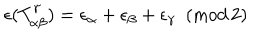
\epsilon ( T _ { \alpha \beta } ^ { \gamma } ) = \epsilon _ { \alpha } + \epsilon _ { \beta } + \epsilon _ { \gamma } \, \, \, ( \mathrm { m o d \, 2 } )